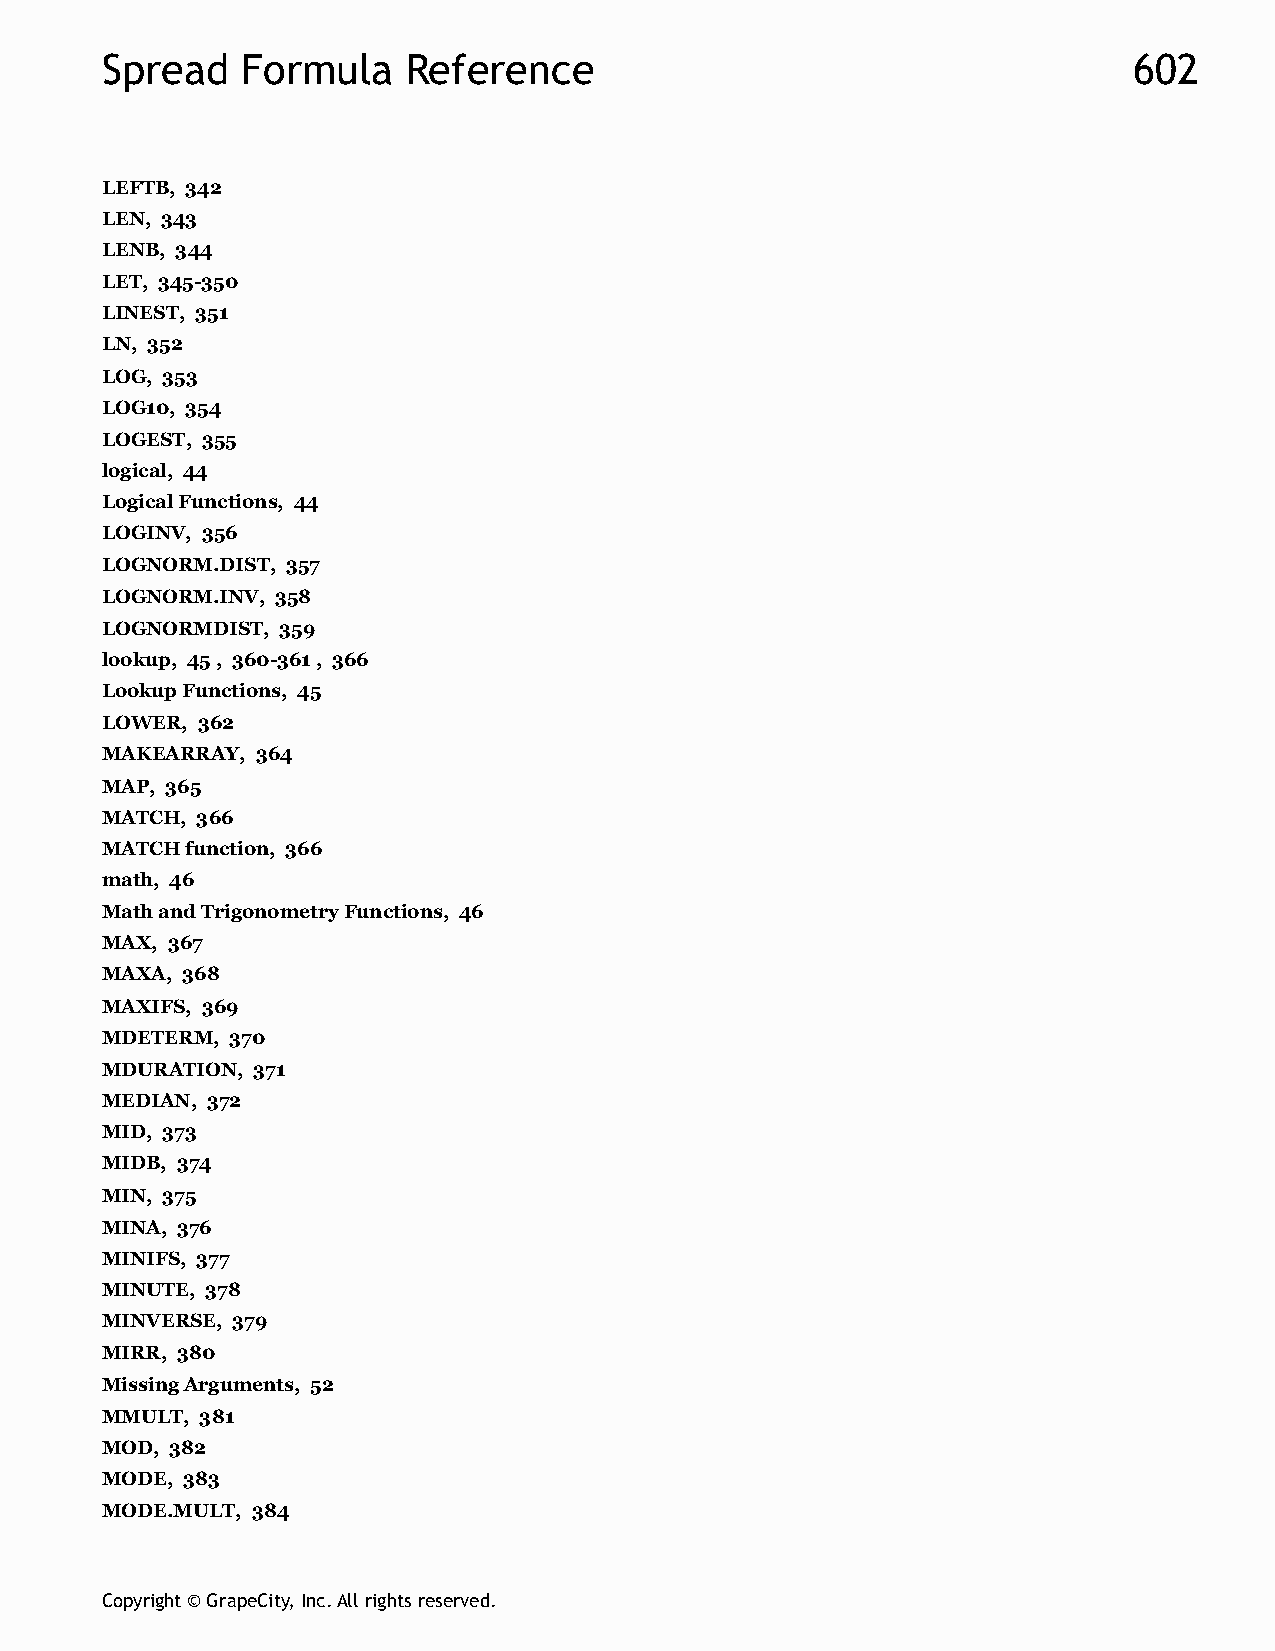
Spread   Formula    Reference                                       602
 LEFTB, 342
 LEN, 343
 LENB, 344
 LET, 345-350
 LINEST, 351
 LN, 352
 LOG, 353
 LOG10, 354
 LOGEST, 355
 logical, 44
 Logical Functions, 44
 LOGINV, 356
 LOGNORM.DIST, 357
 LOGNORM.INV, 358
 LOGNORMDIST, 359
 lookup, 45 , 360-361 , 366
 Lookup Functions, 45
 LOWER, 362
 MAKEARRAY, 364
 MAP, 365
 MATCH, 366
 MATCH function, 366
 math, 46
 Math and Trigonometry Functions, 46
 MAX, 367
 MAXA, 368
 MAXIFS, 369
 MDETERM, 370
 MDURATION, 371
 MEDIAN, 372
 MID, 373
 MIDB, 374
 MIN, 375
 MINA, 376
 MINIFS, 377
 MINUTE, 378
 MINVERSE, 379
 MIRR, 380
 Missing Arguments, 52
 MMULT, 381
 MOD, 382
 MODE, 383
 MODE.MULT, 384
 Copyright © GrapeCity, Inc. All rights reserved.